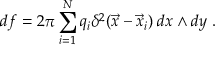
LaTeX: d f = 2 \pi \sum _ { i = 1 } ^ { N } q _ { i } \delta ^ { 2 } ( \vec { x } - \vec { x } _ { i } ) \; d x \wedge d y ~ .